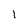
Character: 1